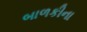
બાળકીના